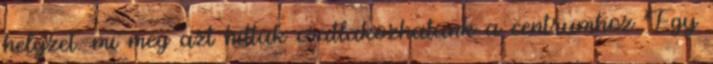
helyzet. mi meg azt hittuk csatlakozhatunk a centrumhoz Egy